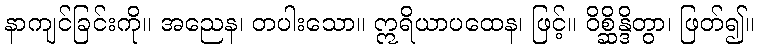
နာကျင်ခြင်းကို။ အညေန၊ တပါးသော။ ဣရိယာပထေန၊ ဖြင့်။ ဝိစ္ဆိန္ဒိတွာ၊ ဖြတ်၍။